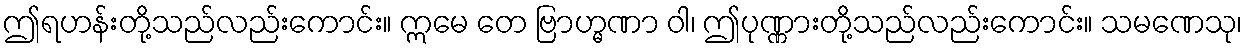
ဤရဟန်းတို့သည်လည်းကောင်း။ ဣမေ တေ ဗြာဟ္မဏာ ဝါ၊ ဤပုဏ္ဏားတို့သည်လည်းကောင်း။ သမဏေသု၊